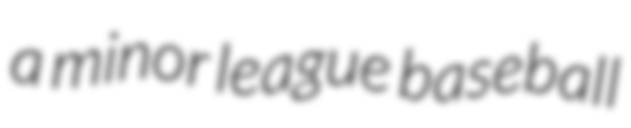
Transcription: a minor league baseball